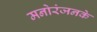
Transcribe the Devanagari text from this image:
मनोरंजनके